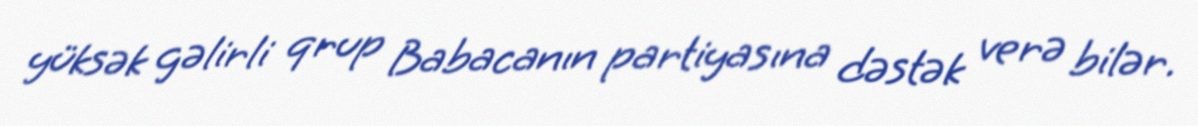
yüksək gəlirli qrup Babacanın partiyasına dəstək verə bilər.